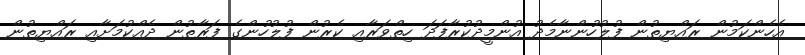
އެހެންކަމުން ރައްޔިތުން ފުލުހުންނާމެދު އުންމީދުކުރާފަދަ ހިތްވަރާއި ކެރުން ފުލުހުންގެ ފަރާތުން ދެއްކުމަށާއި ރައްޔިތުން